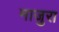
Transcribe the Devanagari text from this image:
माजुरा